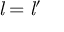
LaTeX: { \mathit { l } } = { { \mathit { l } } ^ { \prime } }